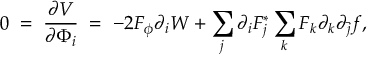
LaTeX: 0 \; = \; \frac { \partial V } { \partial \Phi _ { i } } \; = \; - 2 F _ { \phi } \partial _ { i } W + \sum _ { j } \partial _ { i } F _ { j } ^ { * } \sum _ { k } F _ { k } \partial _ { k } \partial _ { \bar { j } } f ,